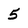
Character: 5